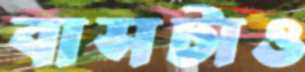
বাসটাও